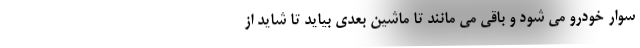
سوار خودرو می شود و باقی می مانند تا ماشین بعدی بیاید تا شاید از